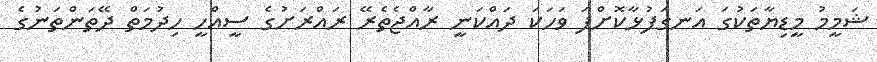
ޝަމީމު މީޑިޔާތަކުގަ އަނގަފުޅާކޮށްފަ ވަަހަކަ ދައްކަނީ ރާއްޖެތެރޭ ރައްރަށުގެ ސީއްހީ ހިދުމަތް ދޭތަންތަނުގެ